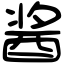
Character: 酱